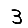
Digit: 3